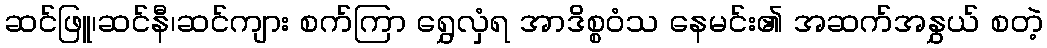
ဆင်ဖြူ၊ဆင်နီ၊ဆင်ကျား စက်ကြာ ရွှေလှံရ အာဒိစ္စဝံသ နေမင်း၏ အဆက်အနွှယ် စတဲ့